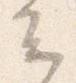
云